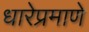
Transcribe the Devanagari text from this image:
धारेप्रमाणे